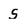
Character: S